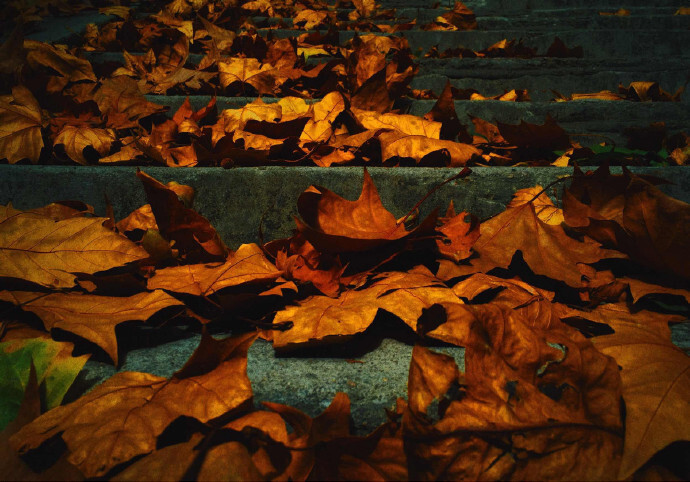
人烟寒橘柚，秋色老梧桐。